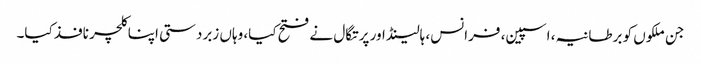
جن ملکوں کو برطانیہ، اسپین، فرانس، ہالینڈ اور پرتگال نے فتح کیا، وہاں زبردستی اپنا کلچر نافذ کیا۔